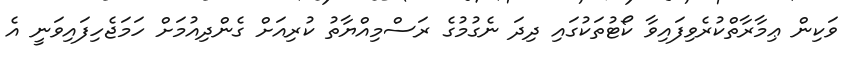
ވަކިން ޢިމާރާތްކުރެވިފައިވާ ކޯޓުތަކުގައި ދިދަ ނެގުމުގެ ރަސްމިއްޔާތު ކުރިއަށް ގެންދިއުމަށް ހަމަޖެހިފައިވަނީ އެ